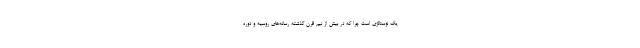
یک نوستالژی است چرا که در بیش از نیم قرن گذشته رسانه‌های روسیه و دوره